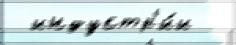
 индустр'и́и